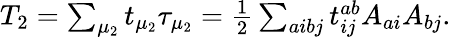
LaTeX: \begin{array}{r}{T_{2}=\sum_{\mu_{2}}t_{\mu_{2}}\tau_{\mu_{2}}=\frac{1}{2}\sum_{aibj}t_{ij}^{ab}A_{ai}A_{bj}.}\end{array}